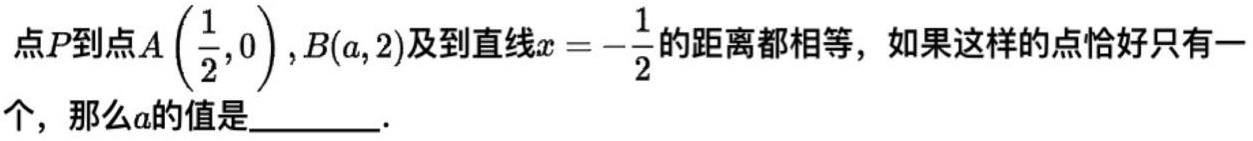
点$P$到点$A\left(\dfrac{1}{2},0\right)$,$B(a,2)$及到直线$x = -\dfrac{1}{2}$的距离都相等，如果这样的点恰好只有一个，那么$a$的值是______．